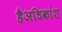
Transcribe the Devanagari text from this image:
हैअधिकांश